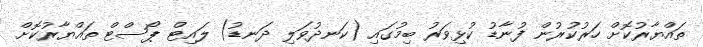
ތައްޔާރުކޮށް ހަރުކުރުން ފުނާޑު ކުޅިވަރު ބިމުގައި (ކަނދުވަލި ދަނޑު) ލައިޓް ޕޯސްޓް ތައްޔާރުކޮށް